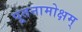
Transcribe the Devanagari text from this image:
पूतनामोक्षम्